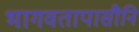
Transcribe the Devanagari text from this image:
भागवतापासौनि